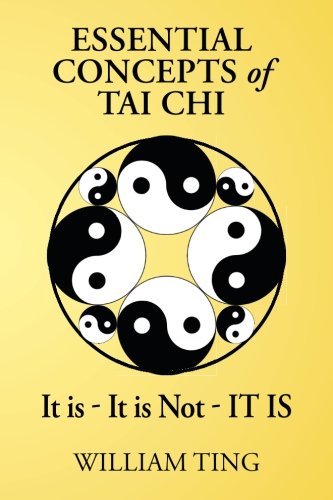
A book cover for Essential Concepts of Tai Chi; William Ting; Health, Fitness & Dieting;